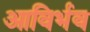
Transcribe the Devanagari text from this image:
आविर्भव